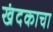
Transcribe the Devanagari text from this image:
खंदकाचा